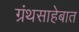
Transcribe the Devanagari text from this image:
ग्रंथसाहेबात